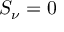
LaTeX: S _ { \nu } = 0